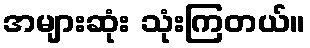
အများဆုံး သုံးကြတယ်။